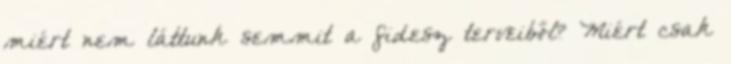
miért nem láttunk semmit a fidesz terveiből? Miért csak